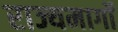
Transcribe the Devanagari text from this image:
राज्यमार्गों